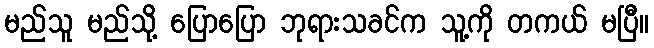
မည်သူ မည်သို့ ပြောပြော ဘုရားသခင်က သူ့ကို တကယ် မပြီ။